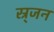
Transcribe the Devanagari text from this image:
स्र्जन